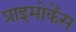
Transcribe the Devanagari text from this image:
प्राइमोकेंस